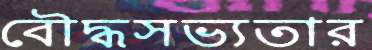
বৌদ্ধসভ্যতার